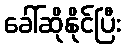
ခေါ်ဆိုနိုင်ပြီး